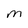
Character: M